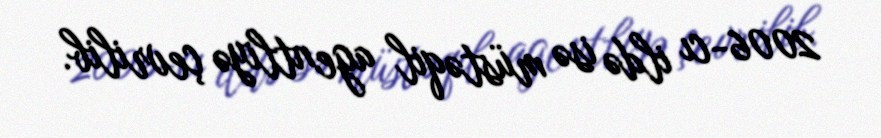
2006-cı ildə isə müstəqil agentliyə çevrilib.